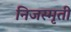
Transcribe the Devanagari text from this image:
निजस्मृती